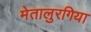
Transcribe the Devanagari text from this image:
मेतालुरगिया